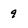
Character: 9